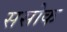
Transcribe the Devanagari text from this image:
ससोक